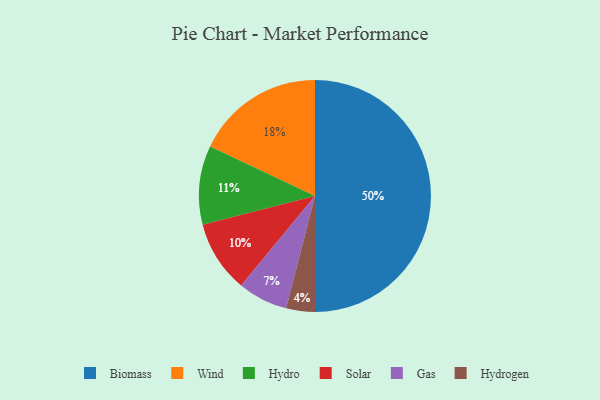
{"axis": {"x": "Category", "y": "Percentage"}, "legend": ["Biomass", "Gas", "Hydro", "Hydrogen", "Solar", "Wind"], "data": [{"x": "Solar", "y": 10, "type": "Solar"}, {"x": "Hydrogen", "y": 4, "type": "Hydrogen"}, {"x": "Wind", "y": 18, "type": "Wind"}, {"x": "Hydro", "y": 11, "type": "Hydro"}, {"x": "Biomass", "y": 50, "type": "Biomass"}, {"x": "Gas", "y": 7, "type": "Gas"}]}